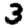
Digit: 3